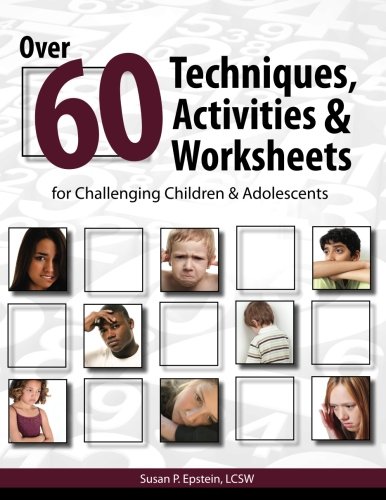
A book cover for Over 60 Techniques, Activities & Worksheets for Challenging Children & Adolescents; Susan Epstein; Medical Books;